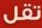
تقل